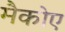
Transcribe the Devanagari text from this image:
मैकोए